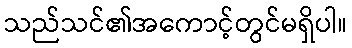
သည်သင်၏အကောင့်တွင်မရှိပါ။